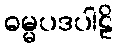
ဓမ္မပဒပါဠိ